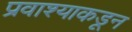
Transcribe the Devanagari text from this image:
प्रवाश्याकडून